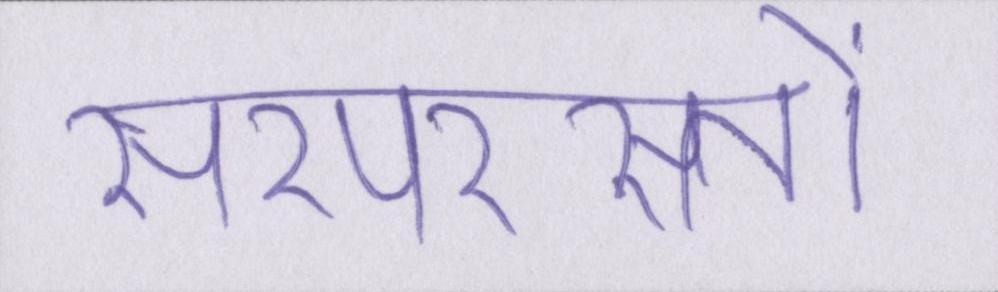
सरपरस्तों